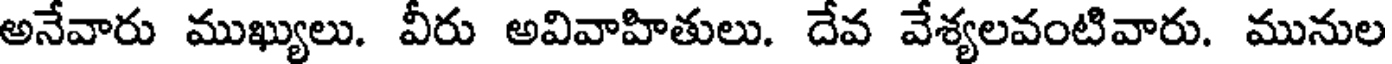
అనేవారు ముఖ్యులు. వీరు అవివాహితులు. దేవ వేశ్యలవంటివారు. మునుల